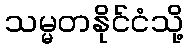
သမ္မတနိုင်ငံသို့